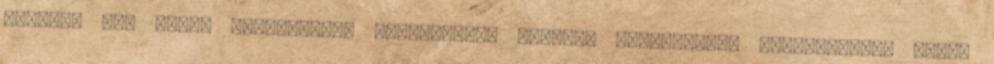
cikket, épp olyan problémákon töprengtem, amikkel kapcsolatos véleményemet aztán